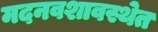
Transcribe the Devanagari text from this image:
मदनवशावस्थेत